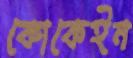
কোকেইন